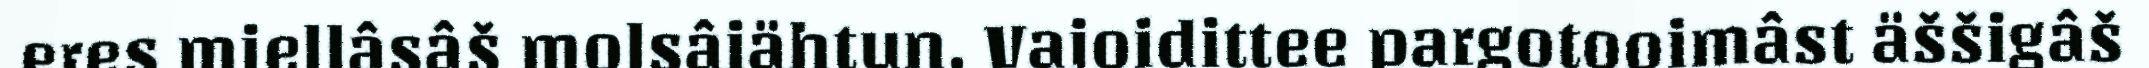
eres miellâsâš molsâiähtun. Vajoidittee pargotooimâst äššigâš